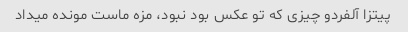
پیتزا آلفردو چیزی که تو عکس بود نبود، مزه ماست مونده میداد